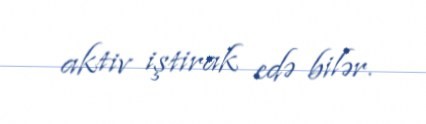
aktiv iştirak edə bilər.